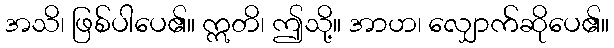
အသိ၊ ဖြစ်ပါပေ၏။ ဣတိ၊ ဤသို့။ အာဟ၊ လျှောက်ဆိုပေ၏။